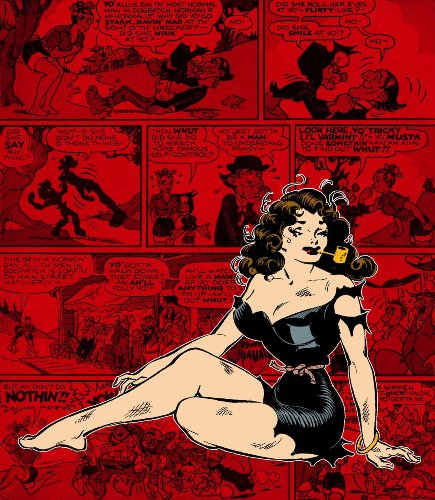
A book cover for Li'l Abner: The Frazetta Years, Vol. 1: 1954-1955; Frank Frazetta; Comics & Graphic Novels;